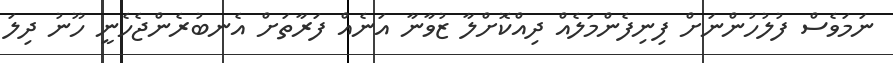
ނަމަވެސް ފުލުހުންނަށް ފިނިފެންމަލެއް ދިއްކޮށްލާ ޒުވާނާ އަނެއް ފަރާތަށް އެނބުރެންޖެހެނީ ހޫނު ދިލަ